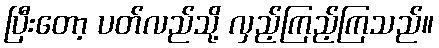
ပြီးတော့ ပတ်လည်သို့ လှည့်ကြည့်ကြသည်။